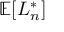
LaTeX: \mathbb { E } [ L _ { n } ^ { * } ]